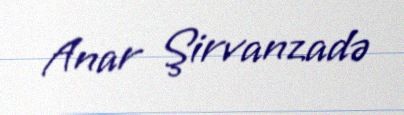
Anar Şirvanzadə